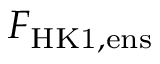
F _ { \mathrm { H K 1 , e n s } }